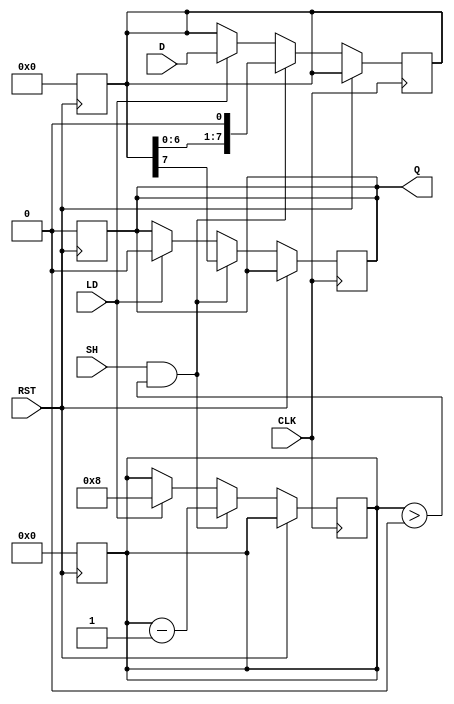
module piso_register #(
    parameter WIDTH = 8 // Configurable width of the input data
)(
    input wire [WIDTH-1:0] D,  // Parallel data input
    input wire LD,              // Load control signal
    input wire SH,              // Shift control signal
    input wire CLK,             // Clock signal
    input wire RST,             // Asynchronous reset
    output reg Q                // Serial output
);

    reg [WIDTH-1:0] shift_reg;  // Internal shift register
    reg [3:0] count;            // Counter for number of bits shifted out
    reg shifting;               // State to indicate shifting process

    // Asynchronous reset
    always @(posedge RST) begin
        shift_reg <= {WIDTH{1'b0}}; // Clear the shift register
        Q <= 1'b0;                 // Clear the output
        count <= 0;                // Reset counter
        shifting <= 1'b0;          // Not shifting
    end

    // Sequential logic
    always @(posedge CLK) begin
        if (!RST) begin
            // Load data into the shift register
            if (LD) begin
                shift_reg <= D;      // Load parallel data
                count <= WIDTH;      // Set count to WIDTH
                Q <= 1'b0;           // Reset output
                shifting <= 1'b0;    // Not yet shifting
            end

            // Shift data out serially
            if (SH && count > 0) begin
                Q <= shift_reg[WIDTH-1]; // Output the most significant bit
                shift_reg <= {shift_reg[WIDTH-2:0], 1'b0}; // Shift left
                count <= count - 1;    // Decrement shift count
                shifting <= 1'b1;       // Set shifting state
            end else if(count == 0) begin
                shifting <= 1'b0;       // Clear shifting state when done
            end
        end
    end

endmodule